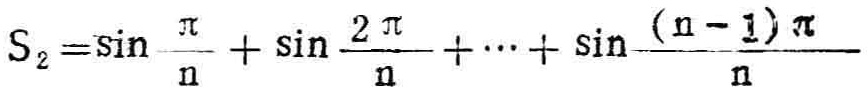
\(S_{2}=\sin\frac{\pi}{n}+\sin\frac{2\pi}{n}+\cdots+\sin\frac{(n - 1)\pi}{n}\)